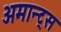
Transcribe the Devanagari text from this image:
अमान्ट्स